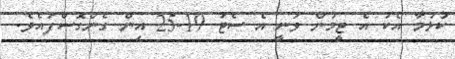
ކުޅުމާ އެކު އެ ޓީމުން ވަނީ އެ ސެޓު 19-25 އިން ގެންގޮސްފައެވެ.